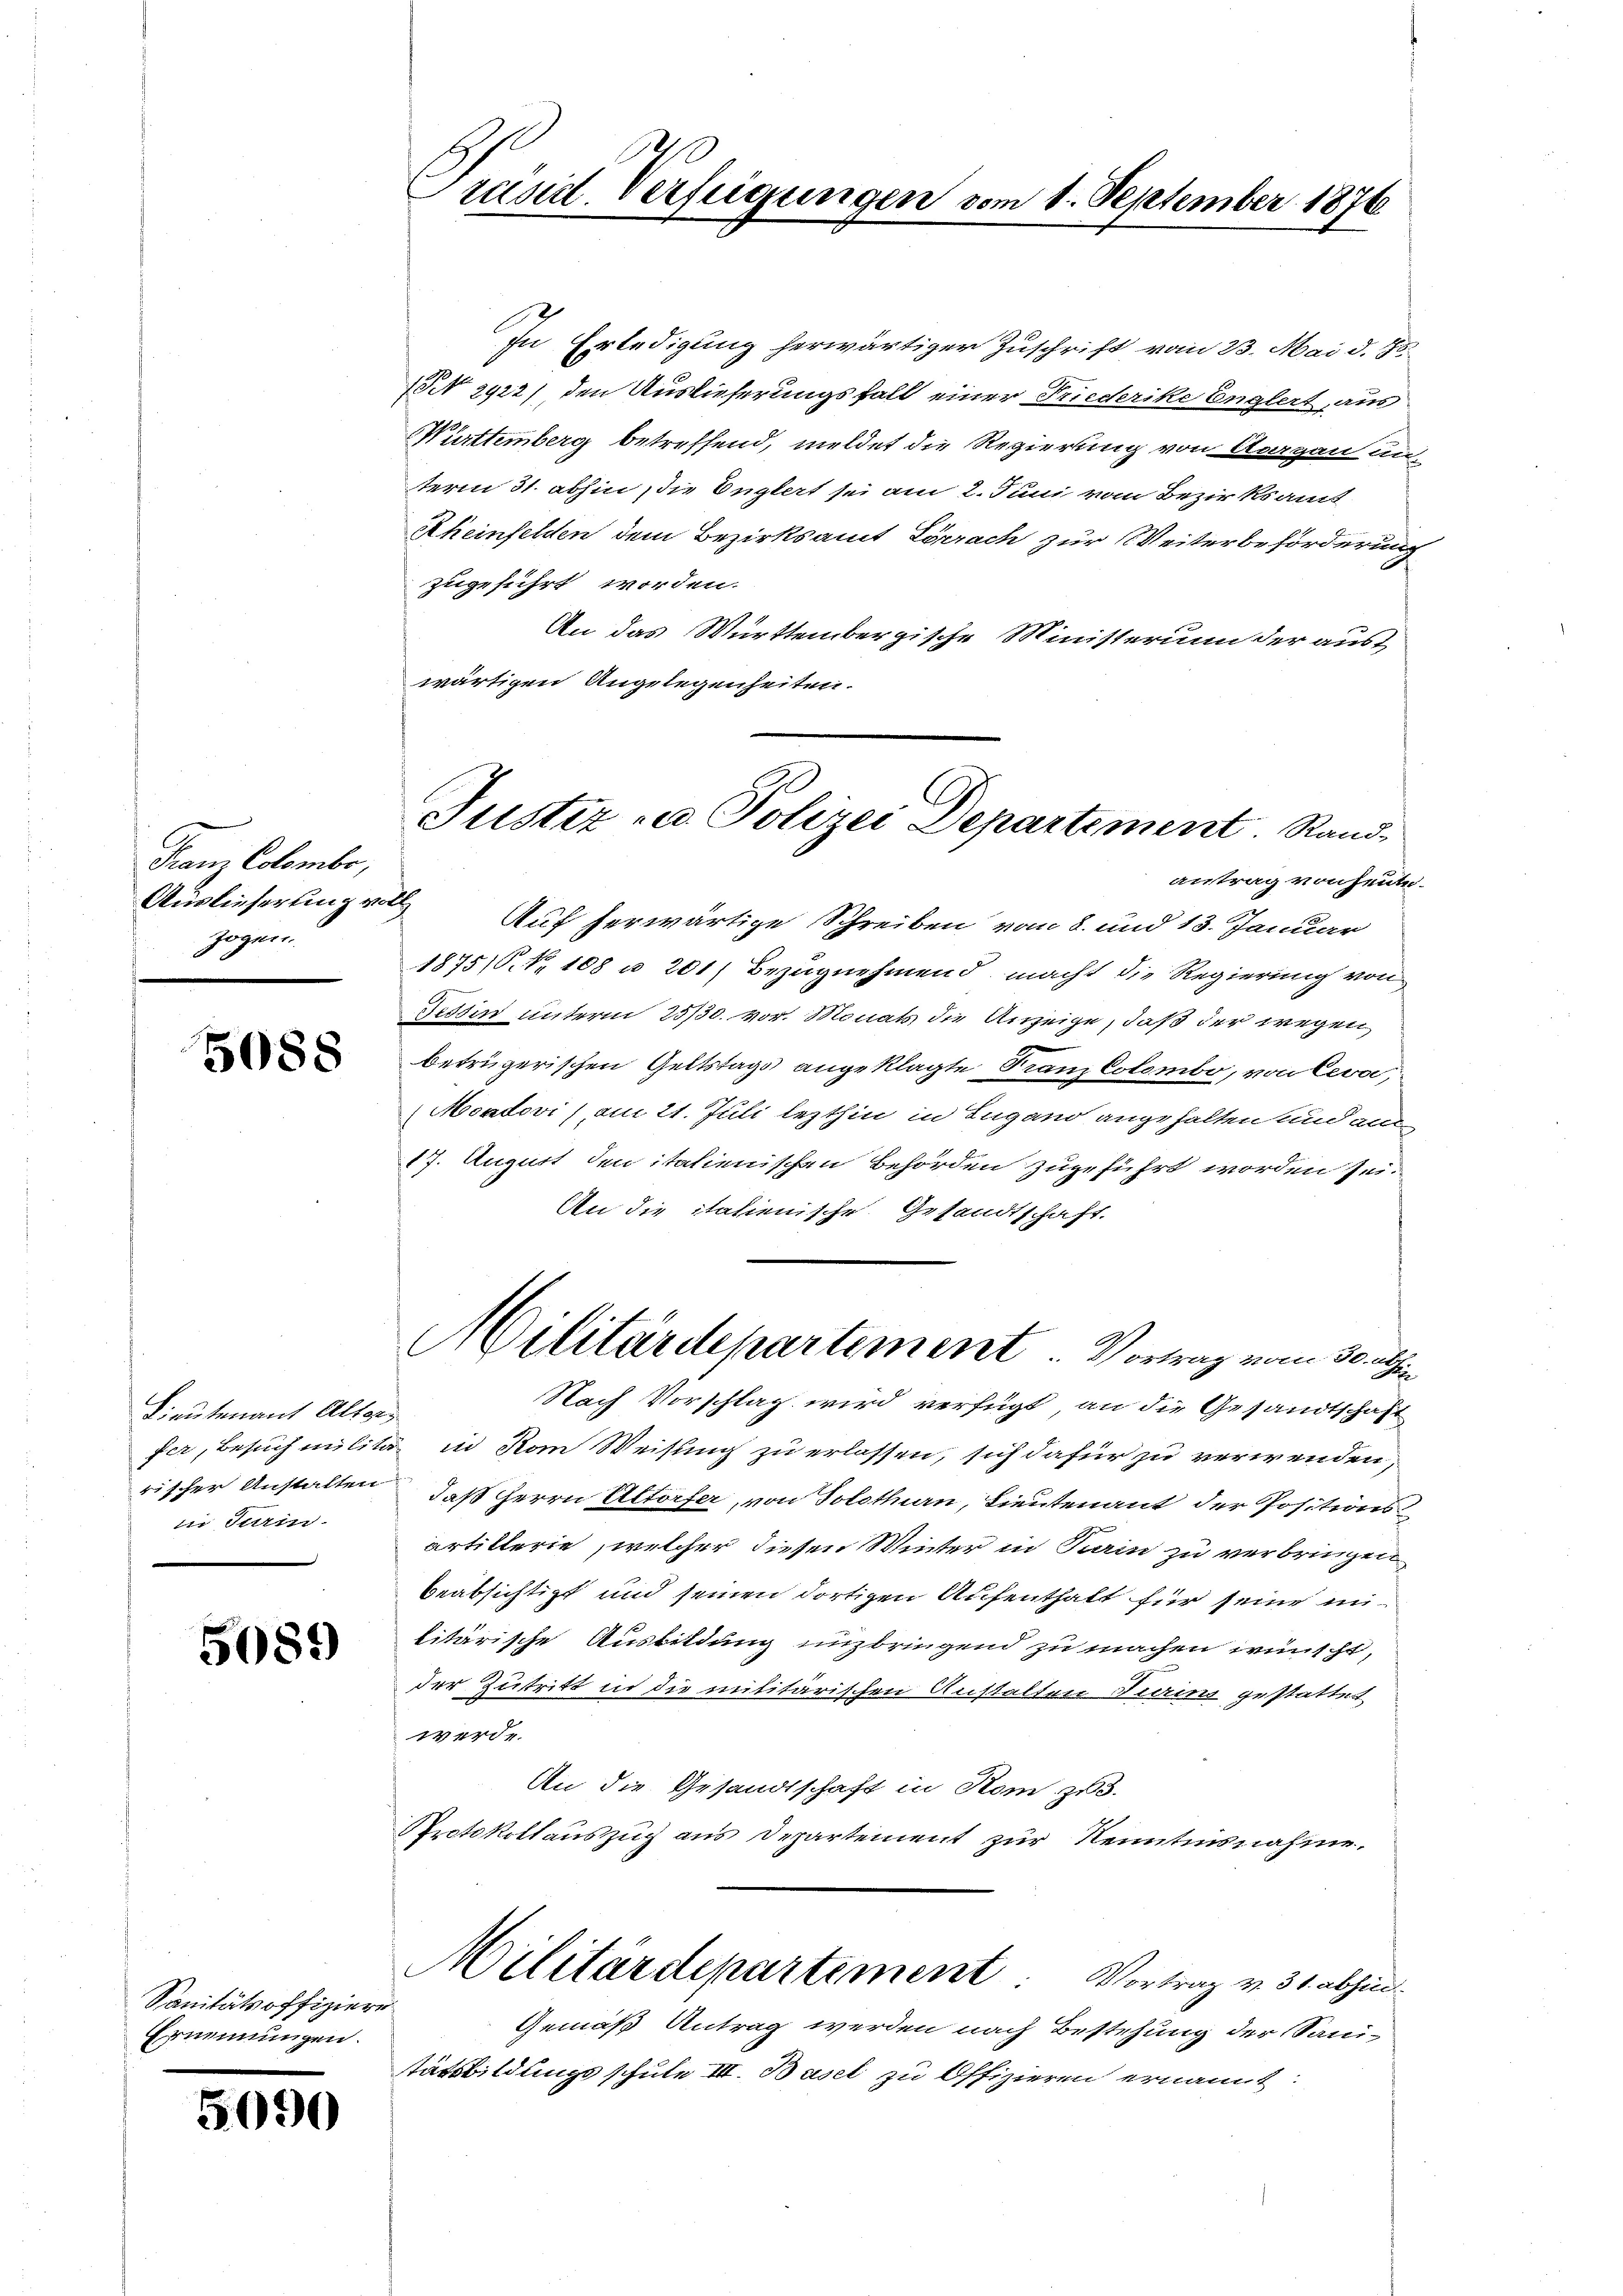
Franz Colombe,
Auslieferung von
zogen.

5088

Lieutenant Alters
rischer Anstalten
in darin

5089)

Sanitätsoffiziere
Ernennungen.

5090

Präsid. Verfügungen vom 1. September 1876

Justiz u. Polizei Departement. Rand¬

In Erledigung herwärtiger Zuschrift vom 23. Mai d. 86.
NNo. 2922) den Auslieferungsfall einer Friederike Englert, aus
Württemberg betreffend, meldet die Regierung von Aargau au
term 31. abhin, die Englert sei am 2. Juni vom Bezirksamt
Rheinfelden dem Bezirksamt Lörrach zur Weiterbeförderung
zugeführt worden.
An das Württembergische Ministerium der aust
wärtigen Angelegenheiten.
antrag von heute.
Auf herwärtige Schreiben vom 8. und 13. Januar
1875. No 108 u. 201) Bezugnehmend macht die Regierung von
Tessin unterm 25/30. vor. Monats die Anzeige, daß der wegen
betrügerischen Geltstags angeklagte Franz Cotombe, von Cevo,
Moadovi) am 21. Juli lezthin in Lugano angehalten und an
17. August den italienischen Behörden zugeführt worden sei.
An die italienische Gesandtschaft.
Militärdepartement. Vortrag vom 30. abhin
Nach Vorschlag wird verfügt, an die Gesandtschaft
fer, Besuch militär in Rom Weisung zu erlassen, sich dafür zu verwenden,
daß Herrn Altorfer, von Solothurn, Lieutenant der Positions
artikterie, welcher diesen Winter in Kain zu verbringen
beabsichtigt und seinen dortigen Aufenthalt für seine mi
litärische Ausbildung unzbringend zu machen wünscht,
der Zutritt in die militärischen Anstalten Turins gestattet
werde.
An die Gesandtschaft in Rom zu 3.
Protokollauszug aus Departement zur Kenntnisnahme.
Militärdepartement: Vortrag v. 31. abhin
Gemäß Antrag werden nach Bestehung der Sanistätsbildungsschule III. Basel zu Offizieren ernannt: